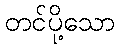
တင်ပို့သော